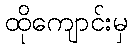
ထိုကျောင်းမှ